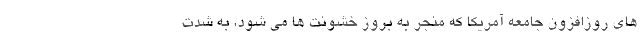
های روزافزون جامعه آمریکا که منجر به بروز خشونت ها می شود، به شدت